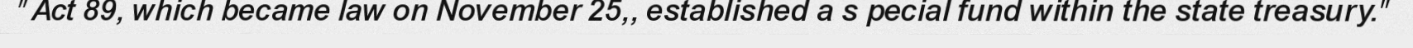
"Act 89, which became law on November 25,, established a s pecial fund within the state treasury."